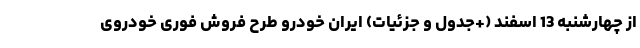
از چهارشنبه 13 اسفند (+جدول و جزئیات) ایران خودرو طرح فروش فوری خودروی